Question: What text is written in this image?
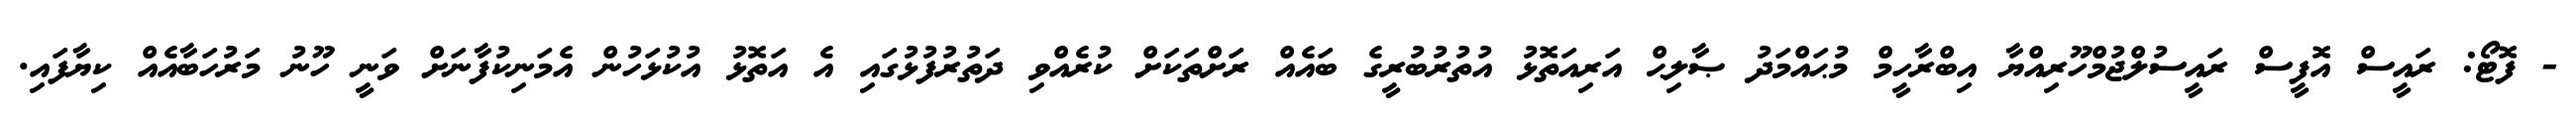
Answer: - ފޮޓޯ: ރައީސް އޮފީސް ރައީސުލްޖުމްހޫރިއްޔާ އިބްރާހީމް މުޙައްމަދު ޞާލިޙް އަރިއަތޮޅު އުތުރުބުރީގެ ބައެއް ރަށްތަކަށް ކުރެއްވި ދަތުރުފުޅުގައި އެ އަތޮޅު އުކުޅަހުން އެމަނިކުފާނަށް ވަނީ ހޫނު މަރުހަބާއެއް ކިޔާފައި.